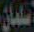
سلمان